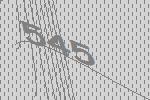
545